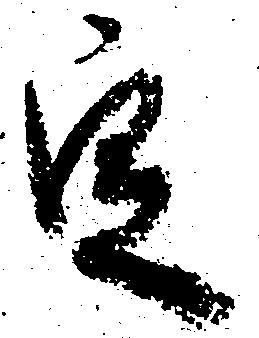
定